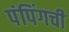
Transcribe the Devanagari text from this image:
पंपिंगची